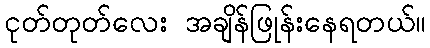
ငုတ်တုတ်လေး အချိန်ဖြုန်းနေရတယ်။